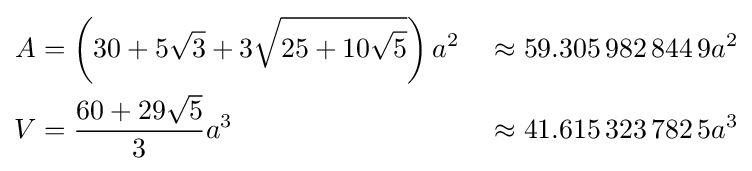
{\begin{aligned}A&=\left(30+5{\sqrt {3}}+3{\sqrt {25+10{\sqrt {5}}}}\right)a^{2}&&\approx 59.305\,982\,844\,9a^{2}\\V&={\frac {60+29{\sqrt {5}}}{3}}a^{3}&&\approx 41.615\,323\,782\,5a^{3}\end{aligned}}